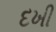
દખી